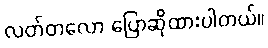
လတ်တလော ပြောဆိုထားပါတယ်။